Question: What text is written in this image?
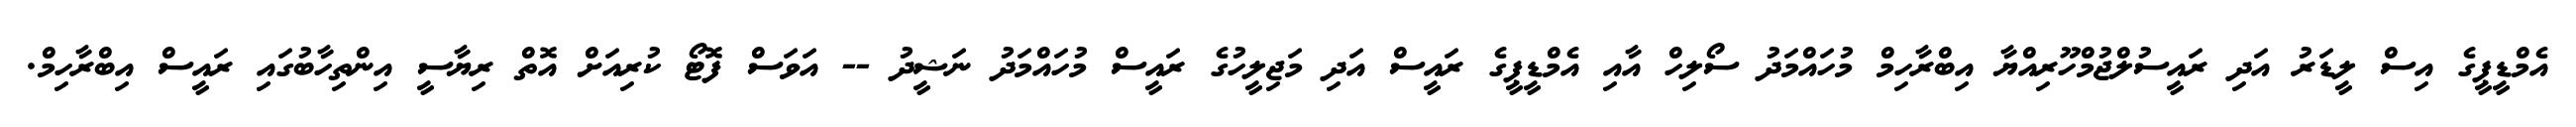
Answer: އެމްޑީޕީގެ އިސް ލީޑަރު އަދި ރައީސުލްޖުމްހޫރިއްޔާ އިބްރާހިމް މުހައްމަދު ސޯލިހް އާއި އެމްޑީޕީގެ ރައީސް އަދި މަޖިލީހުގެ ރައީސް މުހައްމަދު ނަޝީދު -- އަވަސް ފޮޓޯ ކުރިއަށް އޮތް ރިޔާސީ އިންތިހާބުގައި ރައީސް އިބްރާހިމް.